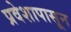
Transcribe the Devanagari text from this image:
प्रवेशापासून